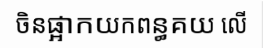
ចិនផ្អាកយកពន្ធគយ លើ